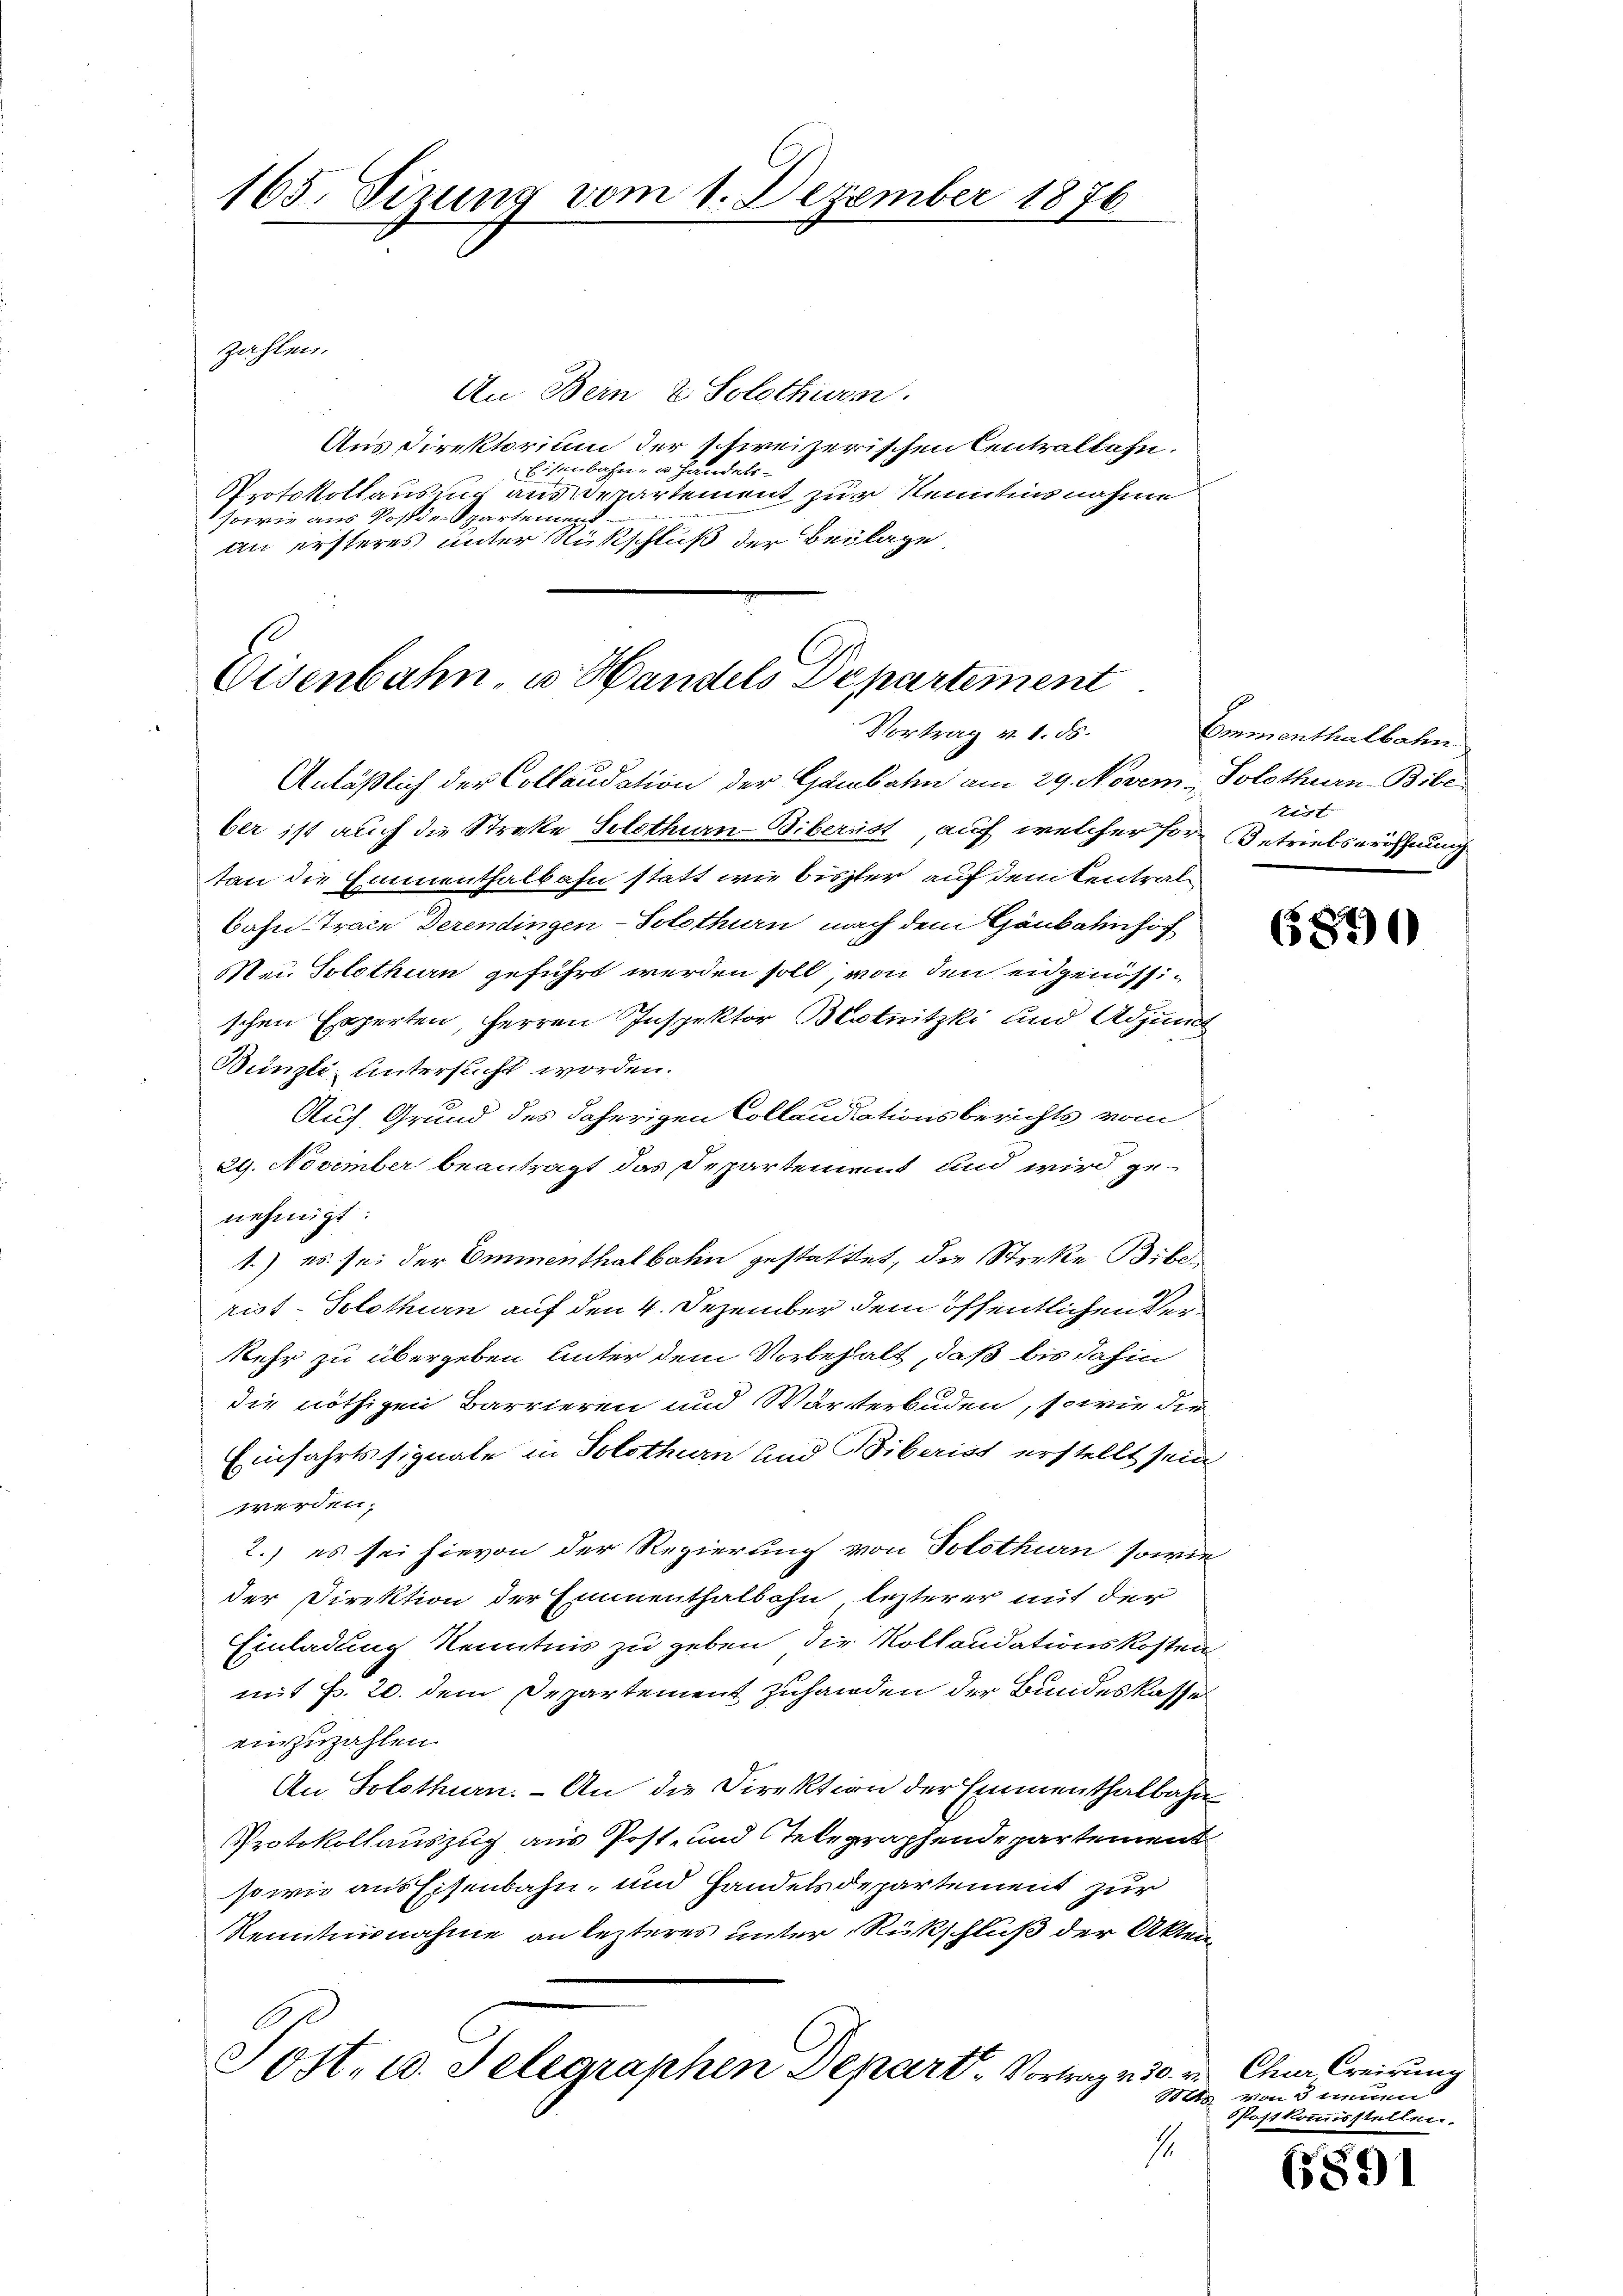
165. Sizung vom 1. Dezember 1876

An Bern 2 Solothurn.
Aus Direktorium der schweizerischen Centralbahn.
Eisenbahn- u. Handels-
Protokollausung aus Departement zur Kenntnisnahme
sowie aus Post der Spartemen
an ersteres unter Rückschluß der Beilage

zahlen.

Eisenbahn u. Handels Departement
Vortrag v. 1. ds.
Anläßlich der Collaudation der Gambahn am 29. Novem. Solothurn-Bibe

Post. 10. Selegraphen Depart, Vortrag v. 30.
a

ber ist auch die Streke Solothurn Bibernst, auf welcher fore Betriebseröffnung
tan die Emmenthalbahn statt wie bisster auf dem Central¬
Bahn-Trace Derendingen-Solothurn nach dem Gänbahnhof
Me Solothurn geführt werden soll, von den eidgenössischen Experten, Herren Inspektor Blotnitzki und Adjun
Bünzli untersucht worden.
Auf Grund des daherigen Collaudationsberichts vom
29. November beantragt das Departement und wird genehmigt:
1.) es sei der Emmenthalbahn gestattet, die Sterke Biberist - Solothurn auf den 4. Dezember dem öffentlichen Verkehr zu übergeben unter dem Vorbehalt, daß bis dahin
die nöthigen Barrieren und Wärterbuden, sowie die
Einfahrtssignale in Solothurn und Biberiss erstellt sein
werden;
2.) es sei hievon der Regierung von Solothurn, sowie
der Direktion der Emmenthalbahn lezterer mit der
Einladung Kenntnis zu geben, die Kollaudationskosten
mit Fr. 20. dem Departement zuhanden der Bundeskasse
einzuzahlen.
An Solothurn. — An die Direktion der Emmenthalbahn¬
Protokollauszug aus Post- und Stelegraphendepartement
sowie aus Eisenbahn, und Handelsdepartement zur
Kenntnisnahme an lezteres unter Rückschluß der Akten¬

1

amanten treten
tirt |

6890

Chur Creirung
von 3 tenen
Postkommisstellen.

6891